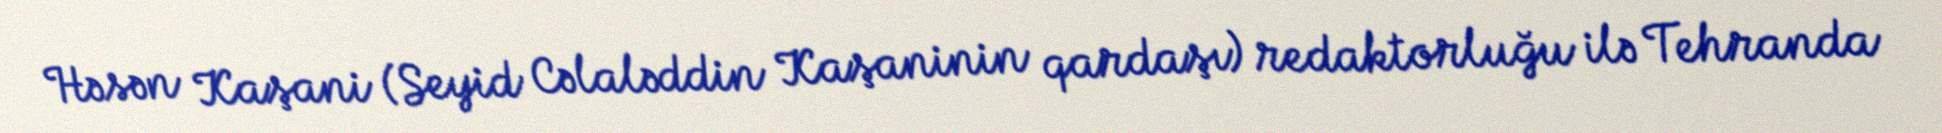
Həsən Kaşani (Seyid Cəlaləddin Kaşaninin qardaşı) redaktorluğu ilə Tehranda